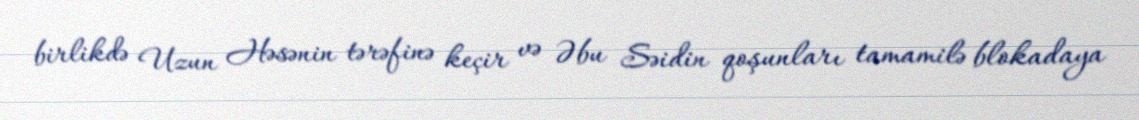
birlikdə Uzun Həsənin tərəfinə keçir və Əbu Səidin qoşunları tamamilə blokadaya